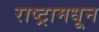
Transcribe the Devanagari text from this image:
राष्ट्रामधून